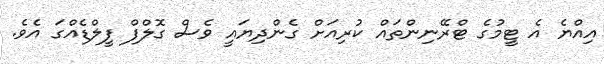
އިއްޔެ އެ ޓީމުގެ ޓްރޭނިންތައް ކުރިއަށް ގެންދިޔައީ ވެސް ގޮލްފް ފީލްޑެއްގަ އެވެ.